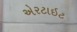
એરટાઇટ